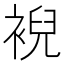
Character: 䘽